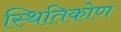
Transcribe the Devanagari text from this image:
स्थितिकोण